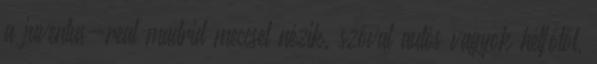
a juventus-real madrid meccset nézik. szóval autós vagyok hétfőtől,